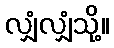
လျှံလျှံသို့။